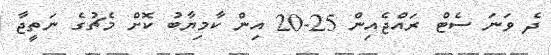
ދެ ވަނަ ސެޓް ރައްޖެއިން 25-20 އިން ކާމިޔާބު ކޮށް މެޗުގެ ނަތީޖާ